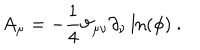
A _ { \mu } = - \frac { 1 } { 4 } \vartheta _ { \mu \nu } \partial _ { \nu } \ln \left( \phi \right) \ .